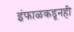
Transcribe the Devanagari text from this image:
इंफाळकडूनही